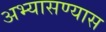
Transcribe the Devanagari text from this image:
अभ्यासण्यास